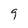
Character: 9